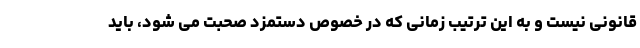
قانونی نیست و به این ترتیب زمانی که در خصوص دستمزد صحبت می شود، باید